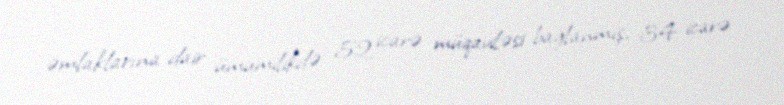
əmlaklarına dair ümumilikdə 52 icarə müqaviləsi bağlanmış, 34 icarə